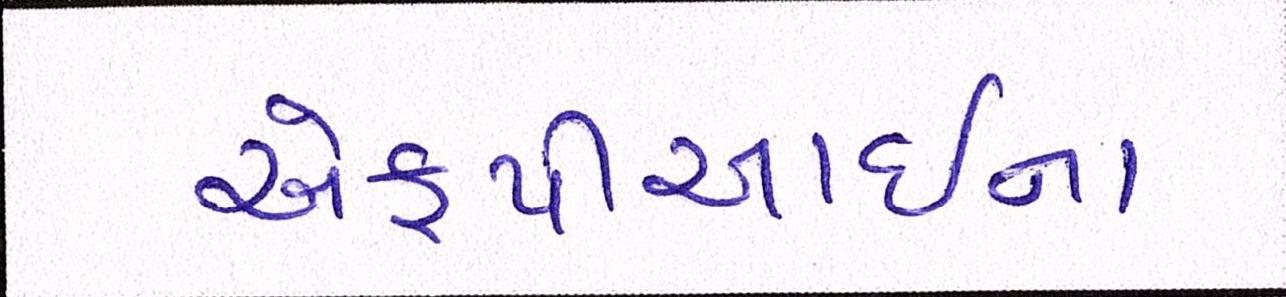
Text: એફપીઆઇના